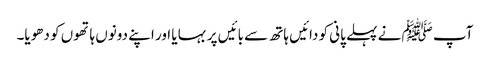
آپ ﷺ نے پہلے پانی کو دائیں ہاتھ سے بائیں پر بہا یا اور اپنے دونوں ہاتھوں کو دھویا۔